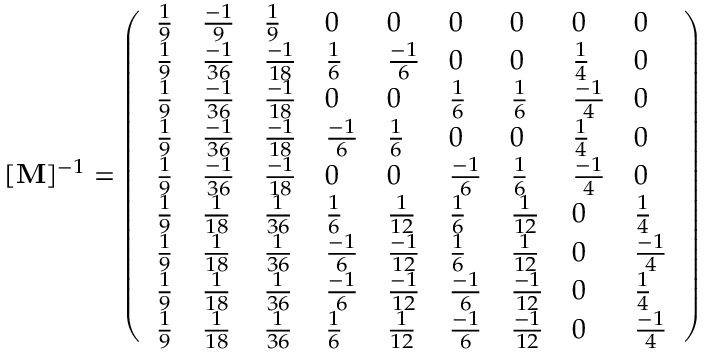
[ \mathbf { M } ] ^ { - 1 } = \left( \begin{array} { l l l l l l l l l } { \frac { 1 } { 9 } } & { \frac { - 1 } { 9 } } & { \frac { 1 } { 9 } } & { 0 } & { 0 } & { 0 } & { 0 } & { 0 } & { 0 } \\ { \frac { 1 } { 9 } } & { \frac { - 1 } { 3 6 } } & { \frac { - 1 } { 1 8 } } & { \frac { 1 } { 6 } } & { \frac { - 1 } { 6 } } & { 0 } & { 0 } & { \frac { 1 } { 4 } } & { 0 } \\ { \frac { 1 } { 9 } } & { \frac { - 1 } { 3 6 } } & { \frac { - 1 } { 1 8 } } & { 0 } & { 0 } & { \frac { 1 } { 6 } } & { \frac { 1 } { 6 } } & { \frac { - 1 } { 4 } } & { 0 } \\ { \frac { 1 } { 9 } } & { \frac { - 1 } { 3 6 } } & { \frac { - 1 } { 1 8 } } & { \frac { - 1 } { 6 } } & { \frac { 1 } { 6 } } & { 0 } & { 0 } & { \frac { 1 } { 4 } } & { 0 } \\ { \frac { 1 } { 9 } } & { \frac { - 1 } { 3 6 } } & { \frac { - 1 } { 1 8 } } & { 0 } & { 0 } & { \frac { - 1 } { 6 } } & { \frac { 1 } { 6 } } & { \frac { - 1 } { 4 } } & { 0 } \\ { \frac { 1 } { 9 } } & { \frac { 1 } { 1 8 } } & { \frac { 1 } { 3 6 } } & { \frac { 1 } { 6 } } & { \frac { 1 } { 1 2 } } & { \frac { 1 } { 6 } } & { \frac { 1 } { 1 2 } } & { 0 } & { \frac { 1 } { 4 } } \\ { \frac { 1 } { 9 } } & { \frac { 1 } { 1 8 } } & { \frac { 1 } { 3 6 } } & { \frac { - 1 } { 6 } } & { \frac { - 1 } { 1 2 } } & { \frac { 1 } { 6 } } & { \frac { 1 } { 1 2 } } & { 0 } & { \frac { - 1 } { 4 } } \\ { \frac { 1 } { 9 } } & { \frac { 1 } { 1 8 } } & { \frac { 1 } { 3 6 } } & { \frac { - 1 } { 6 } } & { \frac { - 1 } { 1 2 } } & { \frac { - 1 } { 6 } } & { \frac { - 1 } { 1 2 } } & { 0 } & { \frac { 1 } { 4 } } \\ { \frac { 1 } { 9 } } & { \frac { 1 } { 1 8 } } & { \frac { 1 } { 3 6 } } & { \frac { 1 } { 6 } } & { \frac { 1 } { 1 2 } } & { \frac { - 1 } { 6 } } & { \frac { - 1 } { 1 2 } } & { 0 } & { \frac { - 1 } { 4 } } \end{array} \right)